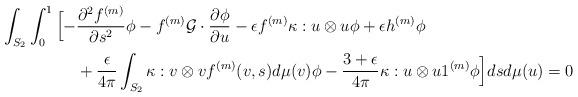
LaTeX: \begin{align*}\int_{S_2}\int_{0}^1\Big[-&\frac{\partial^2f^{(m)}}{\partial s^2}\phi- f^{(m)}\mathcal{G}\cdot\frac{\partial \phi}{\partial u}-\epsilon f^{(m)}\kappa : u\otimes u \phi+\epsilon h^{(m)} \phi\\&+\dfrac{\epsilon}{4\pi}\int_{S_2}\kappa:v \otimes vf^{(m)}(v,s )d\mu(v)\phi-\dfrac{3+\epsilon}{4\pi}\kappa:u \otimes u 1^{(m)}\phi\Big]dsd\mu(u)= 0\end{align*}